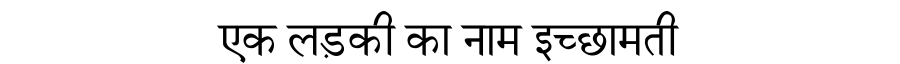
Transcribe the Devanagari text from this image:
एक लड़की का नाम इच्छामती